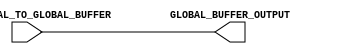
module SB_GB (
	input  USER_SIGNAL_TO_GLOBAL_BUFFER,
	output GLOBAL_BUFFER_OUTPUT
);
	assign GLOBAL_BUFFER_OUTPUT = USER_SIGNAL_TO_GLOBAL_BUFFER;
endmodule